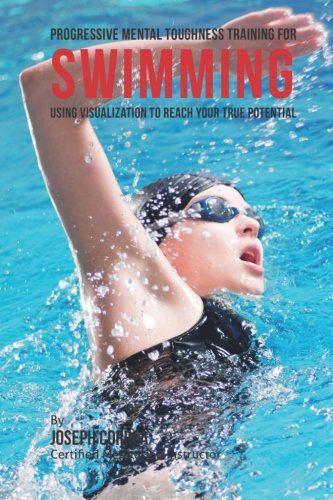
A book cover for Progressive Mental Toughness Training for Swimming: Using Visualization to Reach Your True Potential; Joseph Correa (Certified Meditation Instructor); Sports & Outdoors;